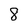
Character: 8